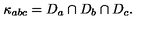
\kappa _ { a b c } = D _ { a } \cap D _ { b } \cap D _ { c } .